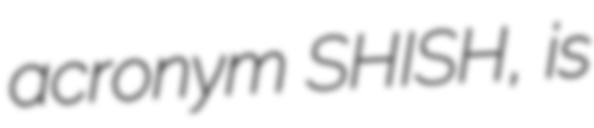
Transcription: acronym SHISH, is